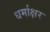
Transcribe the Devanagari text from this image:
धर्माक्षर